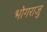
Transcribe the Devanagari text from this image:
भोगराजु